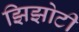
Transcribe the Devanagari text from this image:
झिझोटी